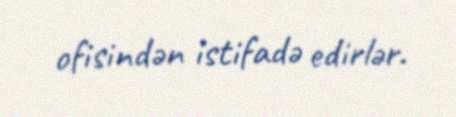
ofisindən istifadə edirlər.